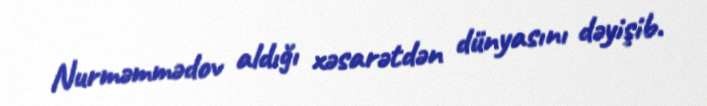
Nurməmmədov aldığı xəsarətdən dünyasını dəyişib.